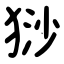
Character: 猀